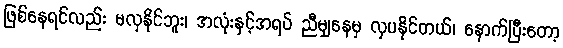
ဖြစ်နေရင်လည်း မလှနိုင်ဘူး၊ အလုံးနှင့်အရပ် ညီမျှနေမှ လှပနိုင်တယ်၊ နောက်ပြီးတော့